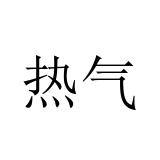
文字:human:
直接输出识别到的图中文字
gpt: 热气